Bombay plague: being a history of the progress of plague in the Bombay presidency from September 1896 to June 1899
Year: 1896
Disease focus: Plague
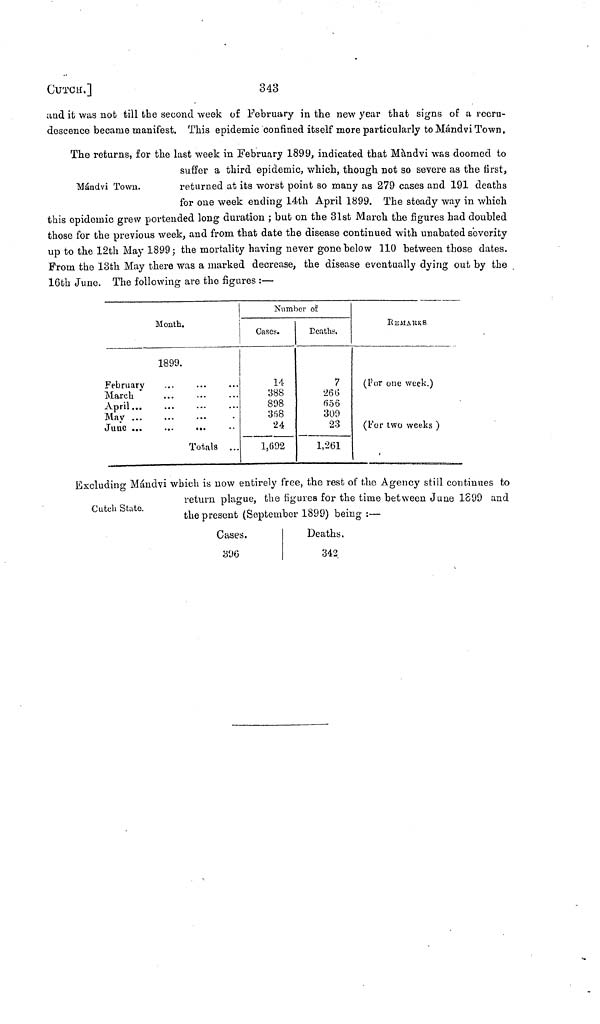
CUTCH.]
343
and it was nob till the second week of February in the new year that signs of a recru-
descence became manifest. This epidemic confined itself more particularly to Mándvi Town.
Mándvi Town.
The returns, for the last week in February 1899, indicated that Mándvi was doomed to
suffer a third epidemic, which, though not so severe as the first,
returned at its worst point so many as 279 cases and 191 deaths
for one week ending 14th April 1899. The steady way in which
this epidemic grew portended long duration ; but on the 31st March the figures had doubled
those for the previous week, and from that date the disease continued with unabated severity
up to the 12th May 1899; the mortality having never gone below 110 between those dates.
From the 13th May there was a marked decrease, the disease eventually dying out by the
16th June. The following are the figures :—
Month.
1899.
February
March
...
April
May ...
June ...
...
...
Totals . . .
Number of
Cases.
14
388
898
368
24
1,692
Deaths.
7
26(5
656
309
23
1,261
REMARKS
(For one week.)
(For two weeks )
Cutch State.
Excluding Mándvi which is now entirely free, the rest of the Agency still continues to
return plague, the figures for the time between June 1S99 and
the present (September 1899) being :—
Cases.
396
Deaths.
342